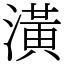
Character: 潢